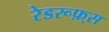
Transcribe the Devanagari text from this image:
रेडरूफ़्स